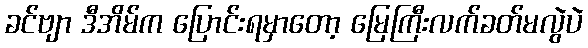
ခင်ဗျာ ဒီအိမ်က ပြောင်းရမှာတော့ မြေကြီးလက်ခတ်မလွဲပဲ